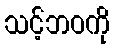
သင့်ဘဝကို